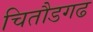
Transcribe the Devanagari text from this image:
चितौडगढ